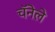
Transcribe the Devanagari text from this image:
चॅनेले